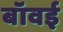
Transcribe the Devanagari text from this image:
बॉवई